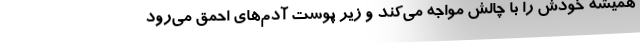
همیشه خودش را با چالش مواجه می‌کند و زیر پوست آدم‌های احمق می‌رود